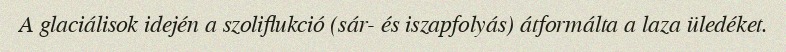
A glaciálisok idején a szoliflukció (sár- és iszapfolyás) átformálta a laza üledéket.